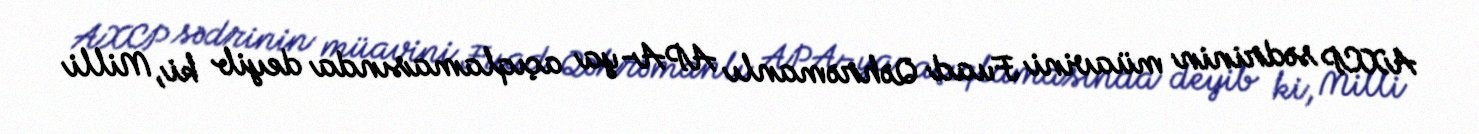
AXCP sədrinin müavini Fuad Qəhrəmanlı APA-ya açıqlamasında deyib ki, Milli